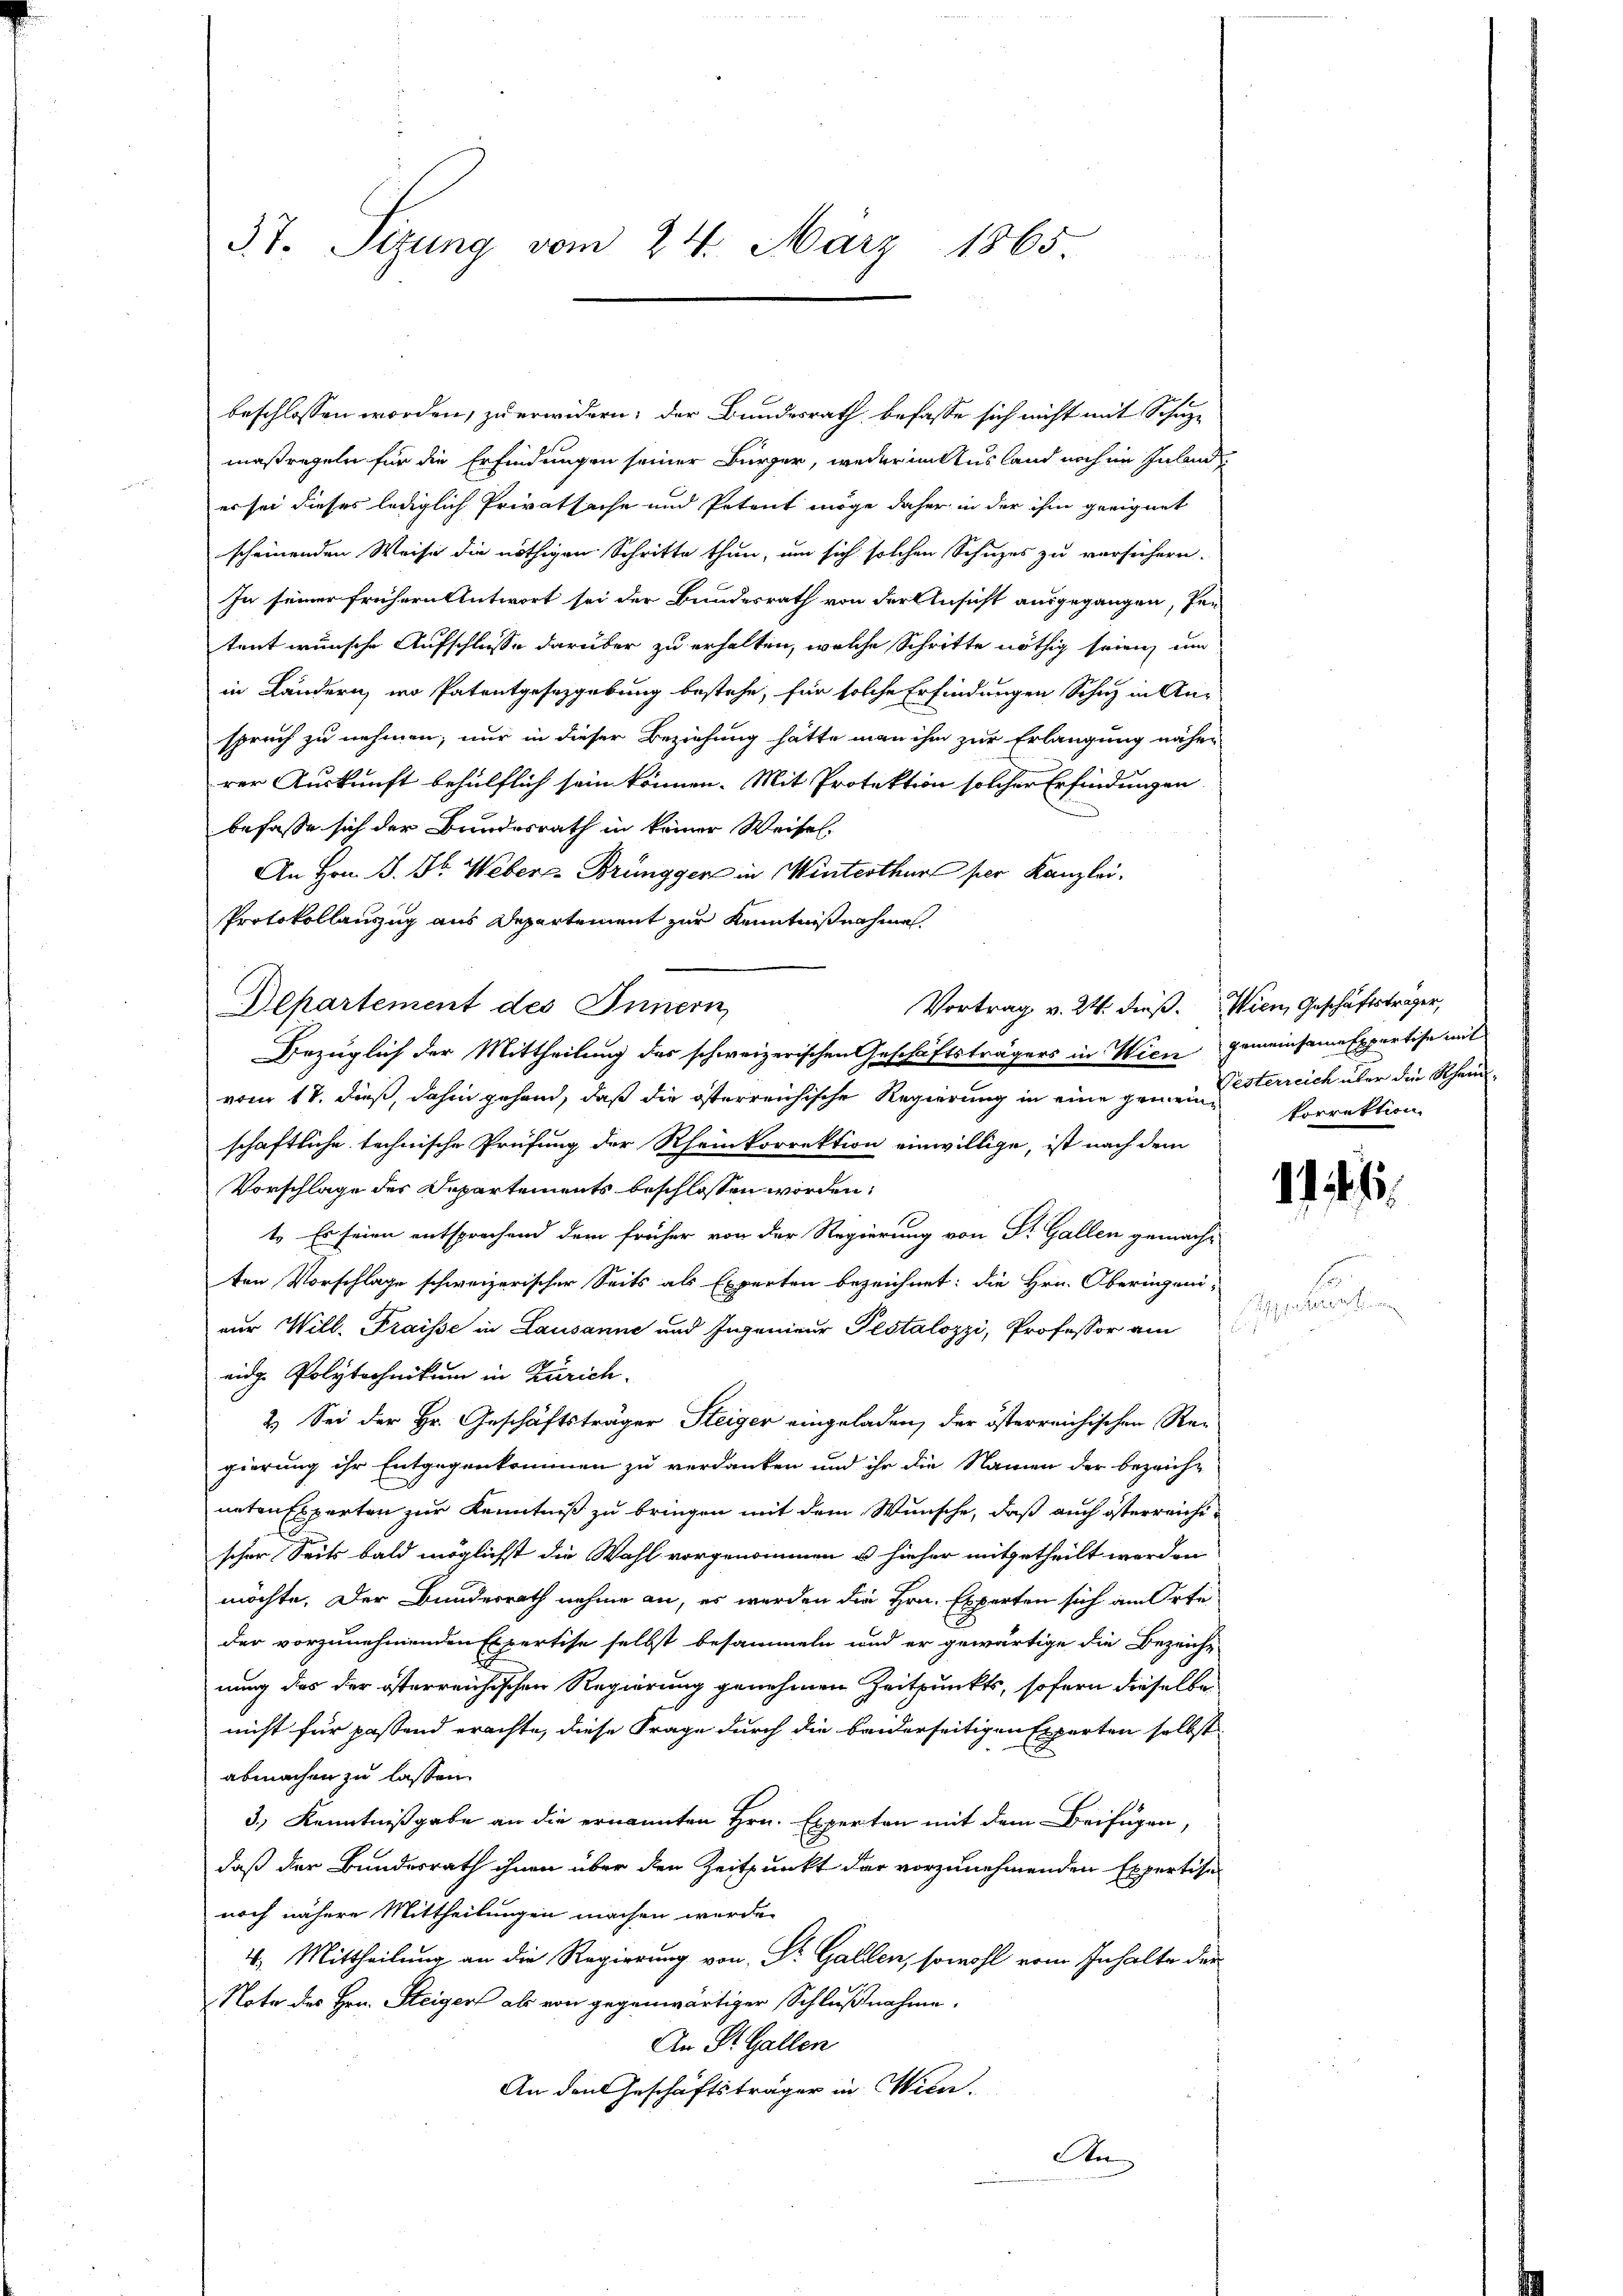
37. Sizung vom 24. März 1865.

beschlossen worden, zu erwidern; der Bundesrath befasse sich nicht mit Schupmaßregeln für die Erfindungen seiner Bürger, weder in Ausland noch im Inlan

er sei dieses lediglich Privatsache und Petent möge daher in der ihm geeignet
scheinenden Weise die nöthigen Schritte thun, um sich solchen Schuzes zu versichern.
In seiner frühern Antwort sei der Bundesrath von der Ansicht ausgegangen, sen
tent wünsche Aufschlusse darüber zu erhalten, welche Schritte nöthig seien, um
in Ländern, wo Patentgesezgebung bestehe, für solche Erfindungen Schuz in An-
spruch zu nehmen; nur in dieser Beziehung hätte man ihm zur Erlangung näher
rer Auskunft behülflich sein können. Mit Protektion solcher Erfindungen
befasse sich der Bundesrath in keiner Weisel.
An Hrn. J. J. Webers Brüngger in Winterthur per Kanzlei.
Protokollanzug aus Departement zur Kenntnißnahme
Departement des Innern
Vortrag v. 24. dieß. Wien, Geschäftsträger,
Bezüglich der Mittheilung des schweizerischen Geschäftsträgers in Wien gemeinsame Expertise mit
vom 17. dieß, dahin gehend, daß die österreichische Regierung in eine gemeine Herreich über die Rheinschaftliche technische Prüfung der Rheinkorrektion einwillige, ist nach dem
Vorschlage des Departements beschlossen worden:
1. Es seien entsprechend dem früher von der Regierung von Sr. Gallen gemachten Vorschlage schweizerischer Seits als Experten bezeichnet: die Hrn. Oberingeninur Will, Fraisse in Lausanne und Ingenieur Pestalozzi, Professor am
eidge Polytechnikum in Zürich.
2.) Sei der Hr. Geschäftsträger Steiger eingeladen, der österreichischen Re-
gierung ihr Entgegenkommen zu verdanken und ihr die Namen der bezeich-
naten Experten zur Kenntniß zu bringen mit dem Wunsche, daß auch österreichischer Seits bald möglichst die Wahl vorgenommen u hieher mitgetheilt werden
möchte. Der Bunderrath nehme an, es werden die Hrn. Experten sich am Orte
der vorzunehmenden Expertise selbst besammeln und er gewärtige die Bezeicht
nung des der österreichischen Regierung genehmen Zeitpunkts, sofern dieselbe
nicht für passend erachte, diese Frage durch die beiderseitigen Experten selbst
abmachen zu lassen.
3.) Kenntnißgabe an die ernannten Hrn. Experten mit dem Beifügen,
daß der Bundesrath ihnen über den Zeitpunkt dar vorzunehmenden Expertise
noch nähere Mittheilungen machen werde.
4. Mittheilung an die Regierung von Dr. Gallen, sowohl vom Inhalte der
Note des Hrn. Steigers als von gegenwärtiger Schlußnahme.
An St. Gallen
An den Geschäftsträger in Wien.
An

torrektion

1111.